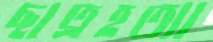
ছাত্রহত্যা